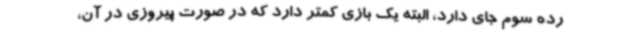
رده سوم جای دارد، البته یک بازی کمتر دارد که در صورت پیروزی در آن،